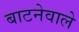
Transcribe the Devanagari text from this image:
बाटनेवाले